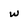
Character: w